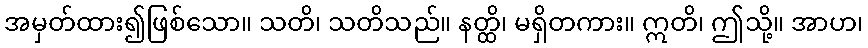
အမှတ်ထား၍ဖြစ်သော။ သတိ၊ သတိသည်။ နတ္ထိ၊ မရှိတကား။ ဣတိ၊ ဤသို့။ အာဟ၊